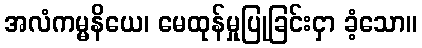
အလံကမ္မနိယေ၊ မေထုန်မှုပြုခြင်းငှာ ခံ့သော။